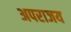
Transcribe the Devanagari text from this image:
अपराजय